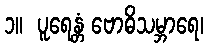
၁။  ပူရေန္တံ ဗောဓိသမ္ဘာရေ၊